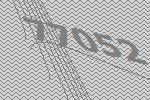
77052